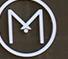
m